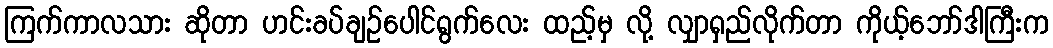
ကြက်ကာလသား ဆိုတာ ဟင်းခပ်ချဉ်ပေါင်ရွက်လေး ထည့်မှ လို့ လျှာရှည်လိုက်တာ ကိုယ့်ဘော်ဒါကြီးက